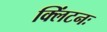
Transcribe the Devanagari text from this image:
क्लिंटनः